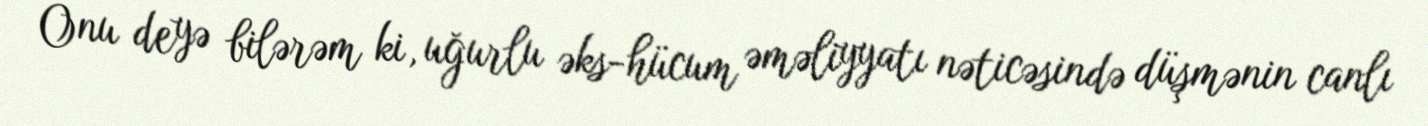
Onu deyə bilərəm ki, uğurlu əks-hücum əməliyyatı nəticəsində düşmənin canlı